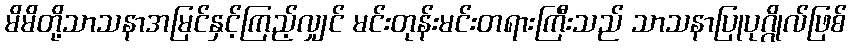
မိမိတို့သာသနာအမြင်နှင့်ကြည့်လျှင် မင်းတုန်းမင်းတရားကြီးသည် သာသနာပြုပုဂ္ဂိုလ်ဖြစ်